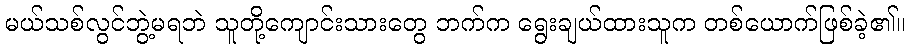
မယ်သစ်လွင်ဘွဲ့မရဘဲ သူတို့ကျောင်းသားတွေ ဘက်က ရွေးချယ်ထားသူက တစ်ယောက်ဖြစ်ခဲ့၏။